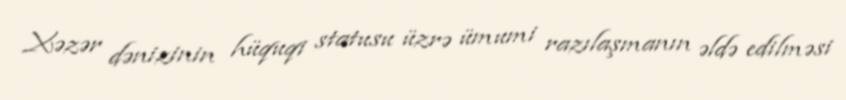
Xəzər dənizinin hüquqi statusu üzrə ümumi razılaşmanın əldə edilməsi